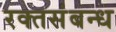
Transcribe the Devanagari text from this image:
रक्तसंबन्ध